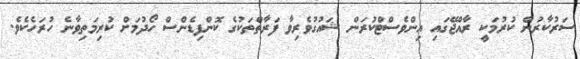
ސަރުކާރުން ކުރުމަކީ ރާއްޖޭގައި އިންވެސްޓްކުރަން ޝައުގުވެރިވާ ފަރާތްތަކުގެ ކޮންފިޑެންސް ހޯދުމަށް ކުރިމަތިވާނެ ހުރަހެކެވެ.